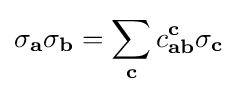
\sigma _{\mathbf {a} }\sigma _{\mathbf {b} }=\sum _{\mathbf {c} }c_{\mathbf {a} \mathbf {b} }^{\mathbf {c} }\sigma _{\mathbf {c} }